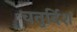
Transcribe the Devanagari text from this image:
चतुर्दिशं